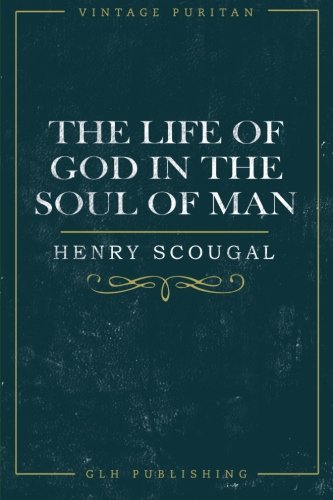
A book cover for The Life of God in the Soul of Man (Vintage Puritan); Henry Scougal; Christian Books & Bibles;